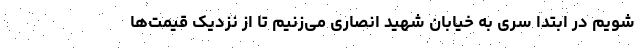
شویم در ابتدا سری به خیابان شهید انصاری می‌زنیم تا از نزدیک قیمت‌ها